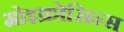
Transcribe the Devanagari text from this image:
मोइक्रोसिन्स